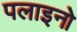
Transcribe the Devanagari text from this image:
पलाइनो